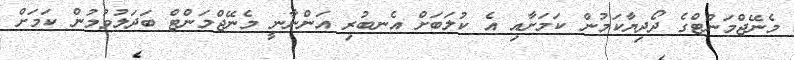
މެނޭޖްމަންޓްގެ ދޯދިޔާކަމުން ކަމަށާއި އެ ކުލަބަށް އެނބުރި އަންނާނީ މެނޭޖްމަންޓް ބަދަލުވުމުން ކަމަށް